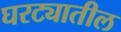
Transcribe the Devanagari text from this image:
घरट्यातील